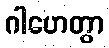
ဂါဟေတွာ